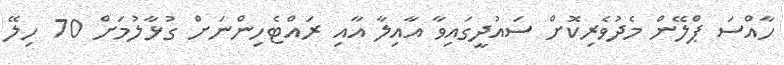
ހާއްސަ ޕްލޭން މެދުވެރިކޮށް ސައުދީގައިވާ އާއިލާ އާއި ރައްޓެހިންނަށް ގުޅާލުމަށް 70 ހިލޭ